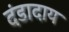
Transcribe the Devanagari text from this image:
दंडादाय